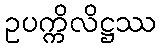
ဥပက္ကိလိဋ္ဌဿ